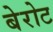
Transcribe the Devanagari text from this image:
बेरोट